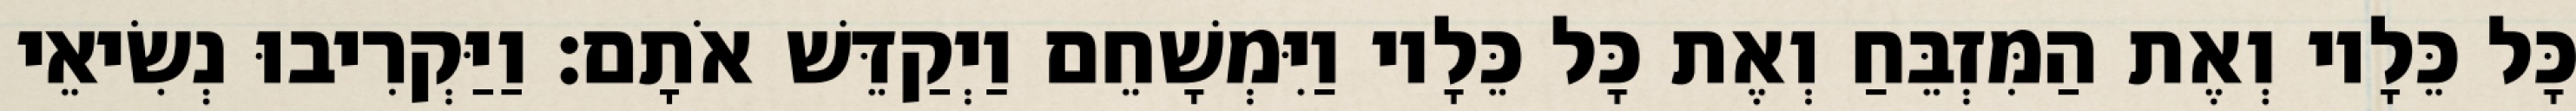
כָּל כֵּלָיו וְאֶת הַמִּזְבֵּחַ וְאֶת כָּל כֵּלָיו וַיִּמְשָׁחֵם וַיְקַדֵּשׁ אֹתָם׃ וַיַּקְרִיבוּ נְשִׂיאֵי